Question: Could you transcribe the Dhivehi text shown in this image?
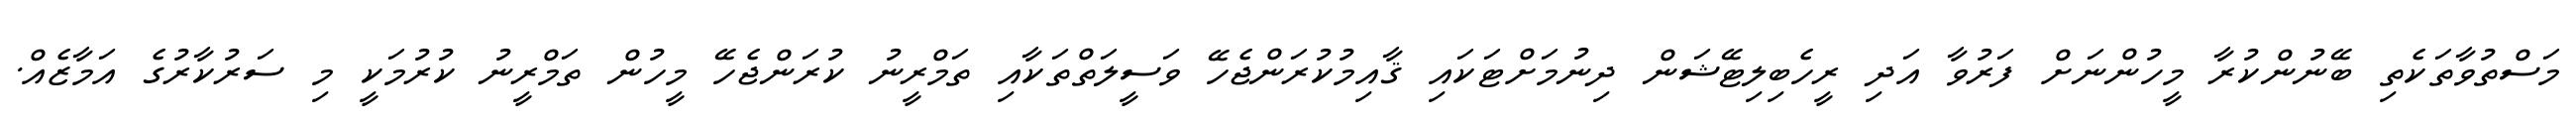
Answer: މަސްތުވާތަކެތި ބޭނުންކުރާ މީހުންނަށް ފަރުވާ އަދި ރީހެބިލިޓޭޝަން ދިނުމަށްޓަކައި ޤާއިމުކުރަންޖެހޭ ވަސީލަތްތަކާއި ތަމްރީނު ކުރަންޖެހޭ މީހުން ތަމްރީނު ކުރުމަކީ މި ސަރުކާރުގެ އަމާޒެއް.